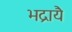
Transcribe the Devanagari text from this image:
भद्रायै